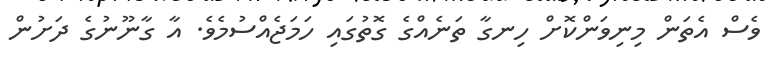
ވެސް އެތަން މިނިވަންކޮށް ހިނގާ ތަނެއްގެ ގޮތުގައި ހަމަޖެއްސުމެވެ. އާ ގާނޫނުގެ ދަށުން